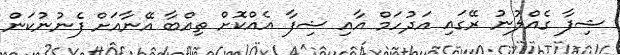
ޝިފާ ގެއްލުނު ރޭގައި އަދުހަމް އާއި ޝިފާ އެއްކޮށް ތިއްބާ އޭނާއަށް ފެނުނުކަން